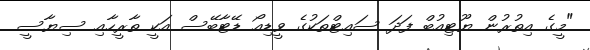
"މީގެ އިތުރުން ޔޫޓިއުބް ފަދަ ސައިޓްތަކުގެ ވީޑިއޯ ޑޭޓާބޭސް އަކީ ތާރީހާއި ސިޔާސީ